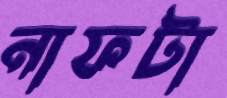
নাফটা